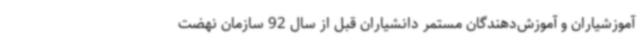
آموزشیاران و آموزش‌دهندگان مستمر دانشیاران قبل از سال 92 سازمان نهضت